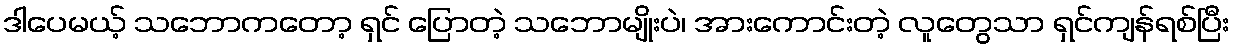
ဒါပေမယ့် သဘောကတော့ ရှင် ပြောတဲ့ သဘောမျိုးပဲ၊ အားကောင်းတဲ့ လူတွေသာ ရှင်ကျန်ရစ်ပြီး